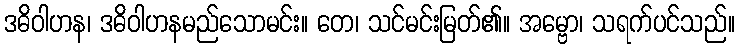
ဒဓိဝါဟန၊ ဒဓိဝါဟနမည်သောမင်း။ တေ၊ သင်မင်းမြတ်၏။ အမ္ဗော၊ သရက်ပင်သည်။